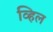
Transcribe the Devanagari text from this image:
व्हिल